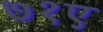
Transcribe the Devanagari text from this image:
७१ए